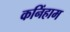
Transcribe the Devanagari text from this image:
कनिंहाम